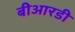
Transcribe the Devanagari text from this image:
बीआरडी